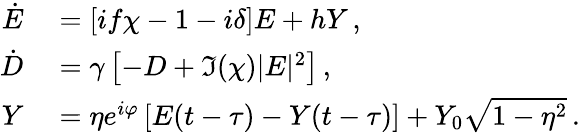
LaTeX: \begin{array}{rl}{\dot{E}}&{{}=\left[if\chi-1-i\delta\right]E+hY\, ,}\\ {\dot{D}}&{{}=\gamma\left[-D+\Im(\chi)|E|^{2}\right]\, ,}\\ {Y}&{{}=\eta e^{i\varphi}\left[E(t-\tau)-Y(t-\tau)\right]+Y_{0}\sqrt{1-\eta^{2}}\, .}\end{array}